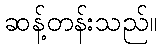
ဆန့်တန်းသည်။